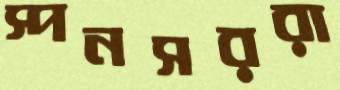
স্পনসররা